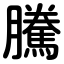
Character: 騰